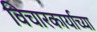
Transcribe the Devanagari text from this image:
विचारकार्याच्या